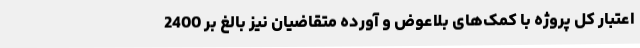
اعتبار کل پروژه با کمک‌های بلاعوض و آورده متقاضیان نیز بالغ بر 2400